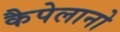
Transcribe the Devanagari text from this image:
कैपेलानो